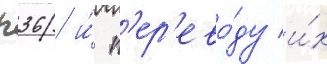
п36 и́ п'ер'ево́ду и́х